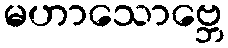
မဟာသောဗ္ဘေ